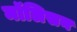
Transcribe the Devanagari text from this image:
मॉलिसन